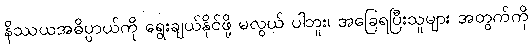
နိဿယအဓိပ္ပာယ်ကို ရွေးချယ်နိုင်ဖို့ မလွယ် ပါဘူး၊ အခြေရပြီးသူများ အတွက်ကို